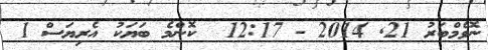
ނޮވެމްބަރު 21